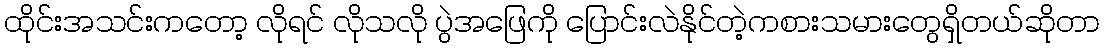
ထိုင်းအသင်းကတော့ လိုရင် လိုသလို ပွဲအဖြေကို ပြောင်းလဲနိုင်တဲ့ကစားသမားတွေရှိတယ်ဆိုတာ